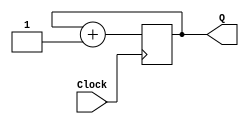
module counter(
    input Clock,
    output reg [3:0] Q
    );
	 
always @(posedge Clock)
begin
	Q <= Q + 1;
end

endmodule